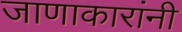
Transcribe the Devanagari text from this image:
जाणाकारांनी